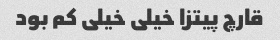
قارچ پیتزا خیلی خیلی کم بود